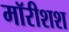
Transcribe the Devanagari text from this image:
मॉरीशश